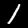
Digit: 1